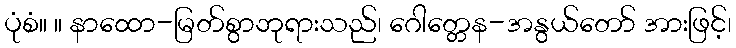
ပုံစံ။ ။ နာထော-မြတ်စွာဘုရားသည်၊ ဂေါတ္တေန-အနွယ်တော် အားဖြင့်၊